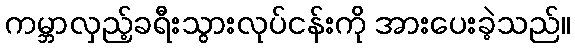
ကမ္ဘာလှည့်ခရီးသွားလုပ်ငန်းကို အားပေးခဲ့သည်။